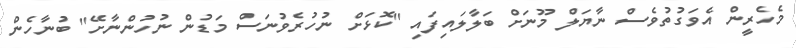
މެހެރީން އެވަގުތުވެސް ނާޔަލް މޫނަށް ބަލާލައިފައި "ކޮޅަށް ނުހުރެވުނަސް މަޑުން ނުހުންނާށޭ" ބުނާހެން